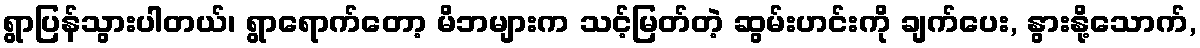
ရွာပြန်သွားပါတယ်၊ ရွာရောက်တော့ မိဘများက သင့်မြတ်တဲ့ ဆွမ်းဟင်းကို ချက်ပေး, နွားနို့သောက်,